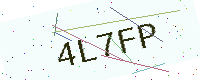
Text: 4L7FP